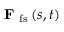
\textbf { F } _ { \mathrm { f s } } \left( s , t \right)